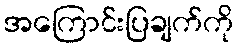
အကြောင်းပြချက်ကို